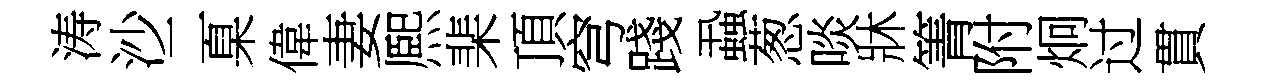
涛沙二臬偉妻熈棐頂穹踐蝨葱啖牀箐附炯过貫